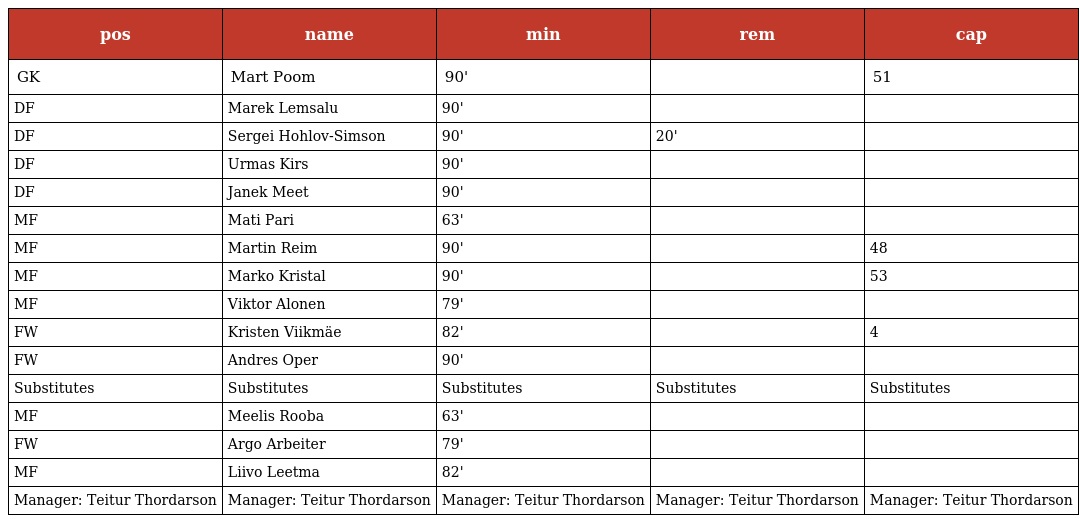
| pos | name | min | rem | cap |
 | --- | --- | --- | --- | --- |
 | GK | Mart Poom | 90' |  | 51 |
 | DF | Marek Lemsalu | 90' |  |  |
 | DF | Sergei Hohlov-Simson | 90' | 20' |  |
 | DF | Urmas Kirs | 90' |  |  |
 | DF | Janek Meet | 90' |  |  |
 | MF | Mati Pari | 63' |  |  |
 | MF | Martin Reim | 90' |  | 48 |
 | MF | Marko Kristal | 90' |  | 53 |
 | MF | Viktor Alonen | 79' |  |  |
 | FW | Kristen Viikmäe | 82' |  | 4 |
 | FW | Andres Oper | 90' |  |  |
 | Substitutes | Substitutes | Substitutes | Substitutes | Substitutes |
 | MF | Meelis Rooba | 63' |  |  |
 | FW | Argo Arbeiter | 79' |  |  |
 | MF | Liivo Leetma | 82' |  |  |
 | Manager: Teitur Thordarson | Manager: Teitur Thordarson | Manager: Teitur Thordarson | Manager: Teitur Thordarson | Manager: Teitur Thordarson |